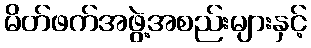
မိတ်ဖက်အဖွဲ့အစည်းများနှင့်